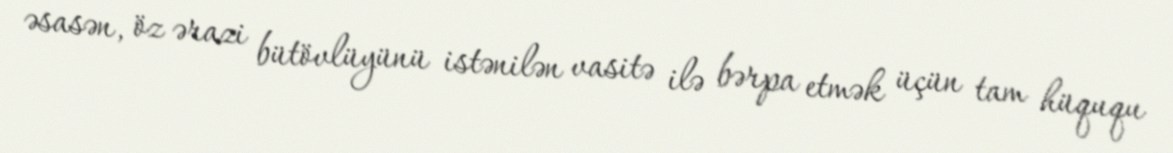
əsasən, öz ərazi bütövlüyünü istənilən vasitə ilə bərpa etmək üçün tam hüququ